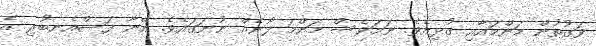
ވަގުތުން މަންމައާއި ގުޅިއެވެ. ނަމަވެސް މަންމަ ފޯނެއް ނުނަގައެވެ. އޭނާ ފަސްއެނބުރި އެ